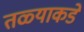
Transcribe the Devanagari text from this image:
तळ्याकडे